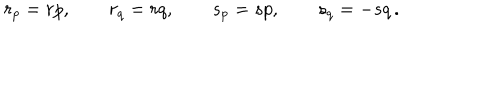
r _ { p } = r p , \qquad r _ { q } = r q , \qquad s _ { p } = s p , \qquad s _ { q } = - s q \, .